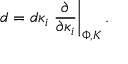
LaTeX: d = d \kappa _ { i } \left. { \frac { \partial } { \partial \kappa _ { i } } } \right| _ { \Phi , K } .